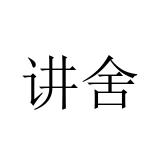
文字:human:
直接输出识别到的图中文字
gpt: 讲舍